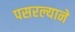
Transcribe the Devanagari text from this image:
पसरल्याने